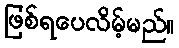
ဖြစ်ရပေလိမ့်မည်။